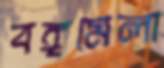
বঙ্গমেলা